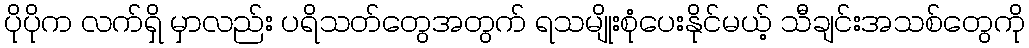
ပိုပိုက လက်ရှိ မှာလည်း ပရိသတ်တွေအတွက် ရသမျိုးစုံပေးနိုင်မယ့် သီချင်းအသစ်တွေကို